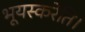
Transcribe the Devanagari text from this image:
भूयस्करेति।